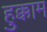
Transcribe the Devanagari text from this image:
हुक्काम